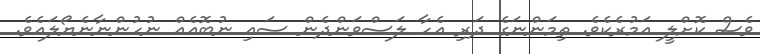
ވެސް ކޮށްލީ އަމުރެކެވެ. ތިމަންނަގެ ދަރި އެހާ ލަސްވަންދެން ސައި ނުބޮއެއް ނުހުންނާނެޔޯލައެވެ.